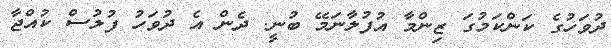
ދުވަހުގެ ކަންކަމުގަ ޒިންމާ އުފުލާނަމޭ ބުނީ. ދެން އެ ދުވަހު ފުލުސް ކުއްޖާ